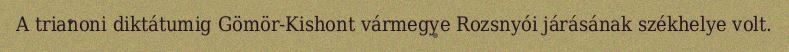
A trianoni diktátumig Gömör-Kishont vármegye Rozsnyói járásának székhelye volt.